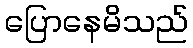
ပြောနေမိသည်